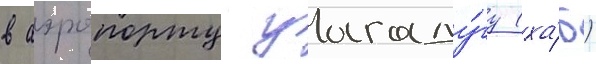
в аэропорту уагаду́гу (ха́б)